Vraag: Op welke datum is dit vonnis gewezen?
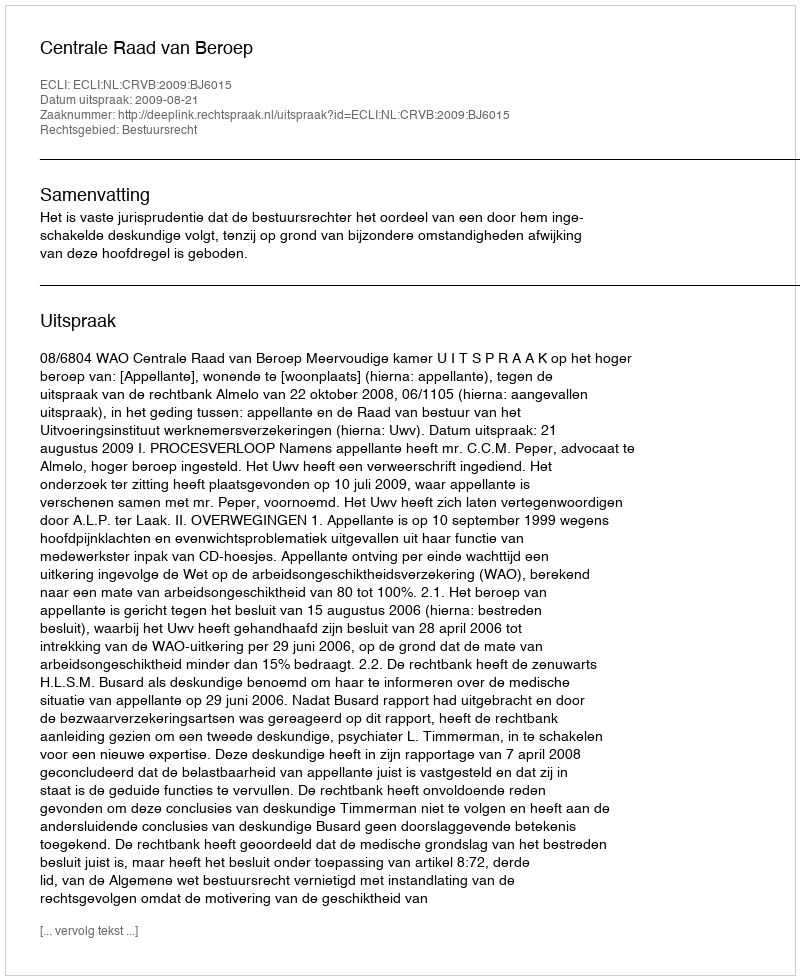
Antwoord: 2009-08-21